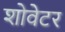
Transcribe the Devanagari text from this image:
शोवेटर